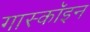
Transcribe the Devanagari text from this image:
गास्कॉइन